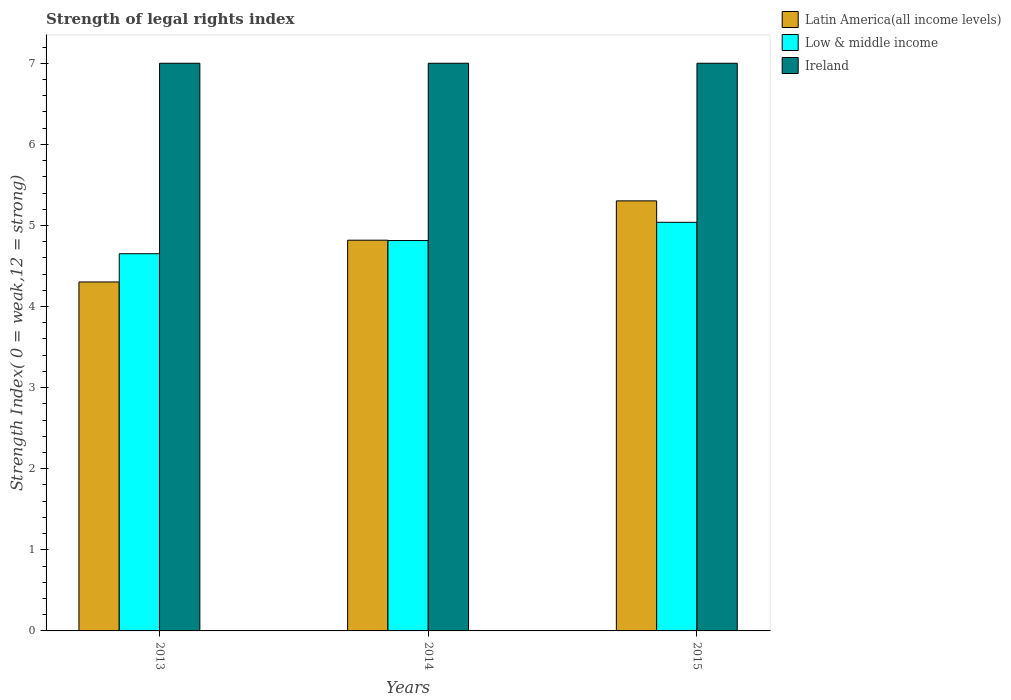
| Years | Latin America(all income levels) | Low & middle income | Ireland |
 | --- | --- | --- | --- |
 | 2013 | 4.3 | 4.65 | 7 |
 | 2014 | 4.82 | 4.81 | 7 |
 | 2015 | 5.3 | 5.04 | 7 |